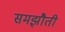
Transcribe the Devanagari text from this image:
समझौती